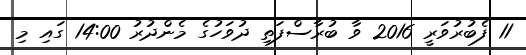
11 ފެބުރުވަރީ 2016 ވާ ބުރާސްފަތި ދުވަހުގެ މެންދުރު 14:00 ގައި މި